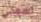
تسمحي